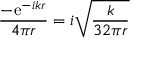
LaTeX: { \frac { - \mathrm { e } ^ { - i k r } } { 4 \pi r } } = i { \sqrt { \frac { k } { 3 2 \pi r } } }